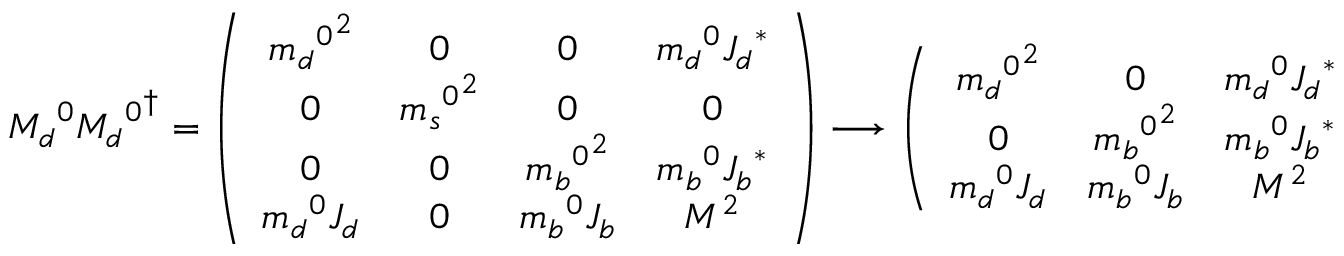
{ M _ { d } } ^ { 0 } { { M _ { d } } ^ { 0 } } ^ { \dagger } = \left( \begin{array} { c c c c } { { { { m _ { d } } ^ { 0 } } ^ { 2 } } } & { { 0 } } & { { 0 } } & { { { m _ { d } } ^ { 0 } { J _ { d } } ^ { \ast } } } \\ { { 0 } } & { { { { m _ { s } } ^ { 0 } } ^ { 2 } } } & { { 0 } } & { { 0 } } \\ { { 0 } } & { { 0 } } & { { { { m _ { b } } ^ { 0 } } ^ { 2 } } } & { { { m _ { b } } ^ { 0 } { J _ { b } } ^ { \ast } } } \\ { { { m _ { d } } ^ { 0 } J _ { d } } } & { { 0 } } & { { { m _ { b } } ^ { 0 } J _ { b } } } & { { M ^ { 2 } } } \end{array} \right) \: \: \longrightarrow \: \: \left( \begin{array} { c c c } { { { { m _ { d } } ^ { 0 } } ^ { 2 } } } & { { 0 } } & { { { m _ { d } } ^ { 0 } { J _ { d } } ^ { \ast } } } \\ { { 0 } } & { { { { m _ { b } } ^ { 0 } } ^ { 2 } } } & { { { m _ { b } } ^ { 0 } { J _ { b } } ^ { \ast } } } \\ { { { m _ { d } } ^ { 0 } J _ { d } } } & { { { m _ { b } } ^ { 0 } J _ { b } } } & { { M ^ { 2 } } } \end{array} \right) \: .